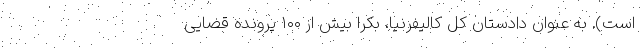
است). به عنوان دادستان کل کالیفرنیا، بکرا بیش از ۱۰۰ پرونده قضایی